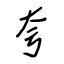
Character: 夸